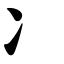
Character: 冫